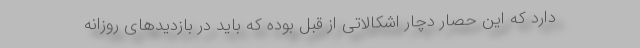
دارد که این حصار دچار اشکالاتی از قبل بوده که باید در بازدیدهای روزانه